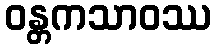
ဝန္တကသာဝဿ